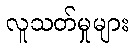
လူသတ်မှုများ